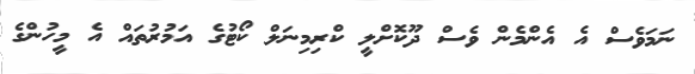
ނަމަވެސް އެ އެންމެން ވެސް ދޫކޮށްލީ ކްރިމިނަލް ކޯޓުގެ އަމުރުތައް އެ މީހުންގެ